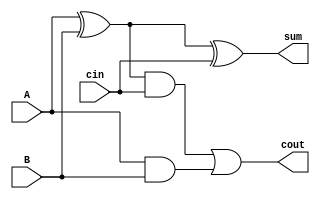


module OneBitAdder (
  input A,
  input B,
  input cin,
  output sum,
  output cout
);

  assign sum = (A ^ B) ^ cin;
  assign cout = ((A ^ B) & cin) | (A & B);

endmodule

module Adder_2_bits (
  input [1:0] bit_1, bit_2,
  input c_in,
  output [1:0] s,
  output c_out
);
  wire c0; // Ara ta??ma sinyalleri
  OneBitAdder birler (.A(bit_1[0]), .B(bit_2[0]), .cin(1'b1), .sum(s[0]), .cout(c0));
  OneBitAdder onlar (.A(bit_1[1]), .B(bit_2[1]), .cin(c0), .sum(s[1]), .cout(c_out));
endmodule

module Adder_4_bits (
  input [3:0] bit_1, bit_2,
  input c_in,
  output [3:0] s,
  output c_out
);
  wire  c0; // Ara ta??ma sinyalleri
  Adder_2_bits a_2_0 (.bit_1(bit_1[1:0]), .bit_2(bit_2[1:0]), .c_in(c_in), .s(s[1:0]), .c_out(c0));
  Adder_2_bits a_2_1 (.bit_1(bit_1[3:2]), .bit_2(bit_2[3:2]), .c_in(c0), .s(s[3:2]), .c_out(c_out));
endmodule

module Adder_8_bits (
  input [7:0] bit_1, bit_2,
  input c_in,
  output [7:0] s,
  output c_out
);
  wire  c0; // Ara ta??ma sinyalleri
  Adder_4_bits a_4_0 (.bit_1(bit_1[3:0]), .bit_2(bit_2[3:0]), .c_in(c_in), .s(s[3:0]), .c_out(c0));
  Adder_4_bits a_4_1 (.bit_1(bit_1[7:4]), .bit_2(bit_2[7:4]), .c_in(c0), .s(s[7:4]), .c_out(c_out));
endmodule

  module Adder_10_bits(
  input [9:0] bit_1,bit_2, 
  input c_in,
  output [9:0] s,
  output c_out

);
 wire  c0; // Ara ta??ma sinyalleri
   Adder_8_bits a_8 (.bit_1(bit_1[7:0]), .bit_2(bit_2[7:0]), .c_in(c_in), .s(s[7:0]), .c_out(c0));
   Adder_2_bits a_2 (.bit_1(bit_1[9:8]), .bit_2(bit_2[9:8]), .c_in(c0), .s(s[9:8]), .c_out(c_out));
endmodule

module Adder_16_bits (
  input [15:0] bit_1, bit_2,
  input c_in,
  output [15:0] s,
  output c_out
);
  wire  c0; // Ara ta??ma sinyalleri
  Adder_8_bits a_8_0 (.bit_1(bit_1[7:0]), .bit_2(bit_2[7:0]), .c_in(c_in), .s(s[7:0]), .c_out(c0));
  Adder_8_bits a_8_1 (.bit_1(bit_1[15:8]), .bit_2(bit_2[15:8]), .c_in(c0), .s(s[15:8]), .c_out(c_out));
endmodule

module Adder_18_bits (
  input [17:0] bit_1, bit_2,
  input c_in,
  output [17:0] s,
  output c_out
);
  wire  c0; // Ara ta??ma sinyalleri
  Adder_16_bits a_16 (.bit_1(bit_1[15:0]), .bit_2(bit_2[15:0]), .c_in(c_in), .s(s[15:0]), .c_out(c0));
  Adder_2_bits a_2 (.bit_1(bit_1[17:16]), .bit_2(bit_2[17:16]), .c_in(c0), .s(s[17:16]), .c_out(c_out));
endmodule